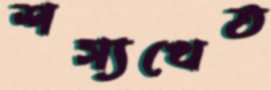
শস্যখেত